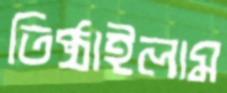
তিষ্ঠাইলাম